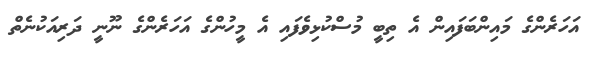
އަހަރެންގެ މައިންބަފައިން އެ ތިބީ މުސްކުޅިވެފައި އެ މީހުންގެ އަހަރެންގެ ނޫނީ ދަރިއަކުނެތް